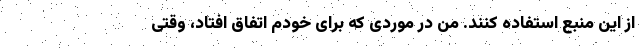
از این منبع استفاده کنند. من در موردی که برای خودم اتفاق افتاد، وقتی